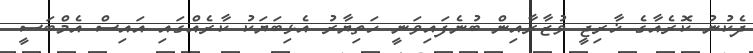
ދެކުނު ކޮރެއާގެ ޚާރިޖީ ވުޒާރާއިން ބުނެފައިވަނީ ހަތިޔާރު އެޅިބަޔަކު ކާރެއްގައި އައިސް އެމްބަސީ